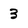
Character: 3